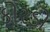
કોરડો